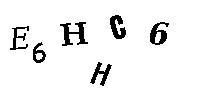
E6HHC6